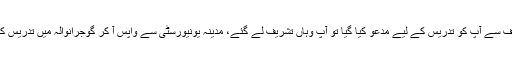
۱۹۶۴ء کے لگ بھگ مدینہ یونیورسٹی کی طرف سے آپ کو تدریس کے لیے مدعو کیا گیا تو آپ وہاں تشریف لے گئے، مدینہ یونیورسٹی سے واپس آ کر گوجرانوالہ میں تدریس کا سلسلہ شروع کر دیا اور وفات تک یہیں رہے ۔